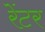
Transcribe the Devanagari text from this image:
रेंटर